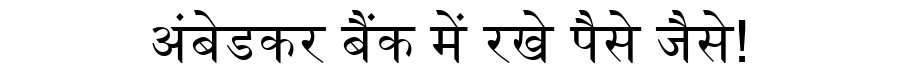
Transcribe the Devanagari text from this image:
अंबेडकर बैंक में रखे पैसे जैसे!